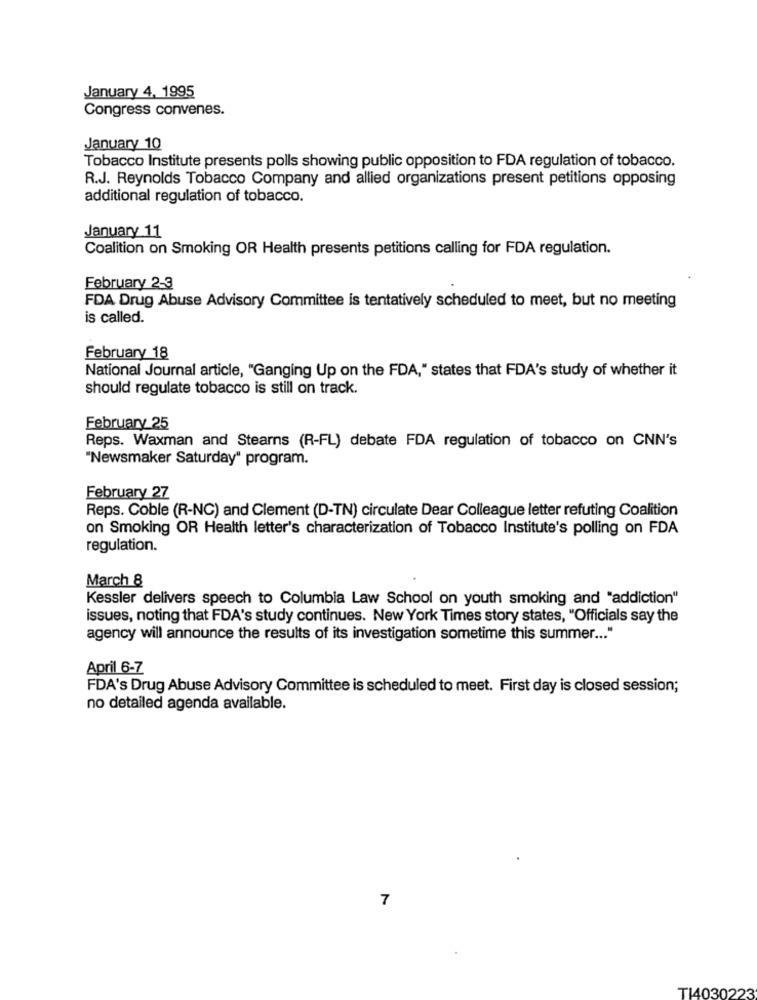
January 4, 1995
Congress convenes.
January 10
Tobacco Institute presents polls showing public opposition to FDA regulation of tobacco.
R.J. Reynolds Tobacco Company and allied organizations present petitions opposing
additional regulation of tobacco.
January 11
Coalition on Smoking OR Health presents petitions calling for FDA regulation.
February 2-3
FDA Drug Abuse Advisory Committee is tentatively scheduled to meet, but no meeting
is called.
February 18
National Journal article, "Ganging Up on the FDA," states that FDA's study of whether it
should regulate tobacco is still on track.
February 25
Reps. Waxman and Stearns (R-FL) debate FDA regulation of tobacco on CNN's
"Newsmaker Saturday" program.
February 27
Reps. Coble (R-NC) and Clement (D-TN) circulate Dear Colleague letter refuting Coalition
on Smoking OR Health letter's characterization of Tobacco Institute's polling on FDA
regulation.
March 8
Kessler delivers speech to Columbia Law School on youth smoking and "addiction"
issues, noting that FDA's study continues. New York Times story states, "Officials say the
agency will announce the results of its investigation sometime this summer ... "
April 6-7
FDA's Drug Abuse Advisory Committee is scheduled to meet. First day is closed session;
no detailed agenda available.
7
TI4030223